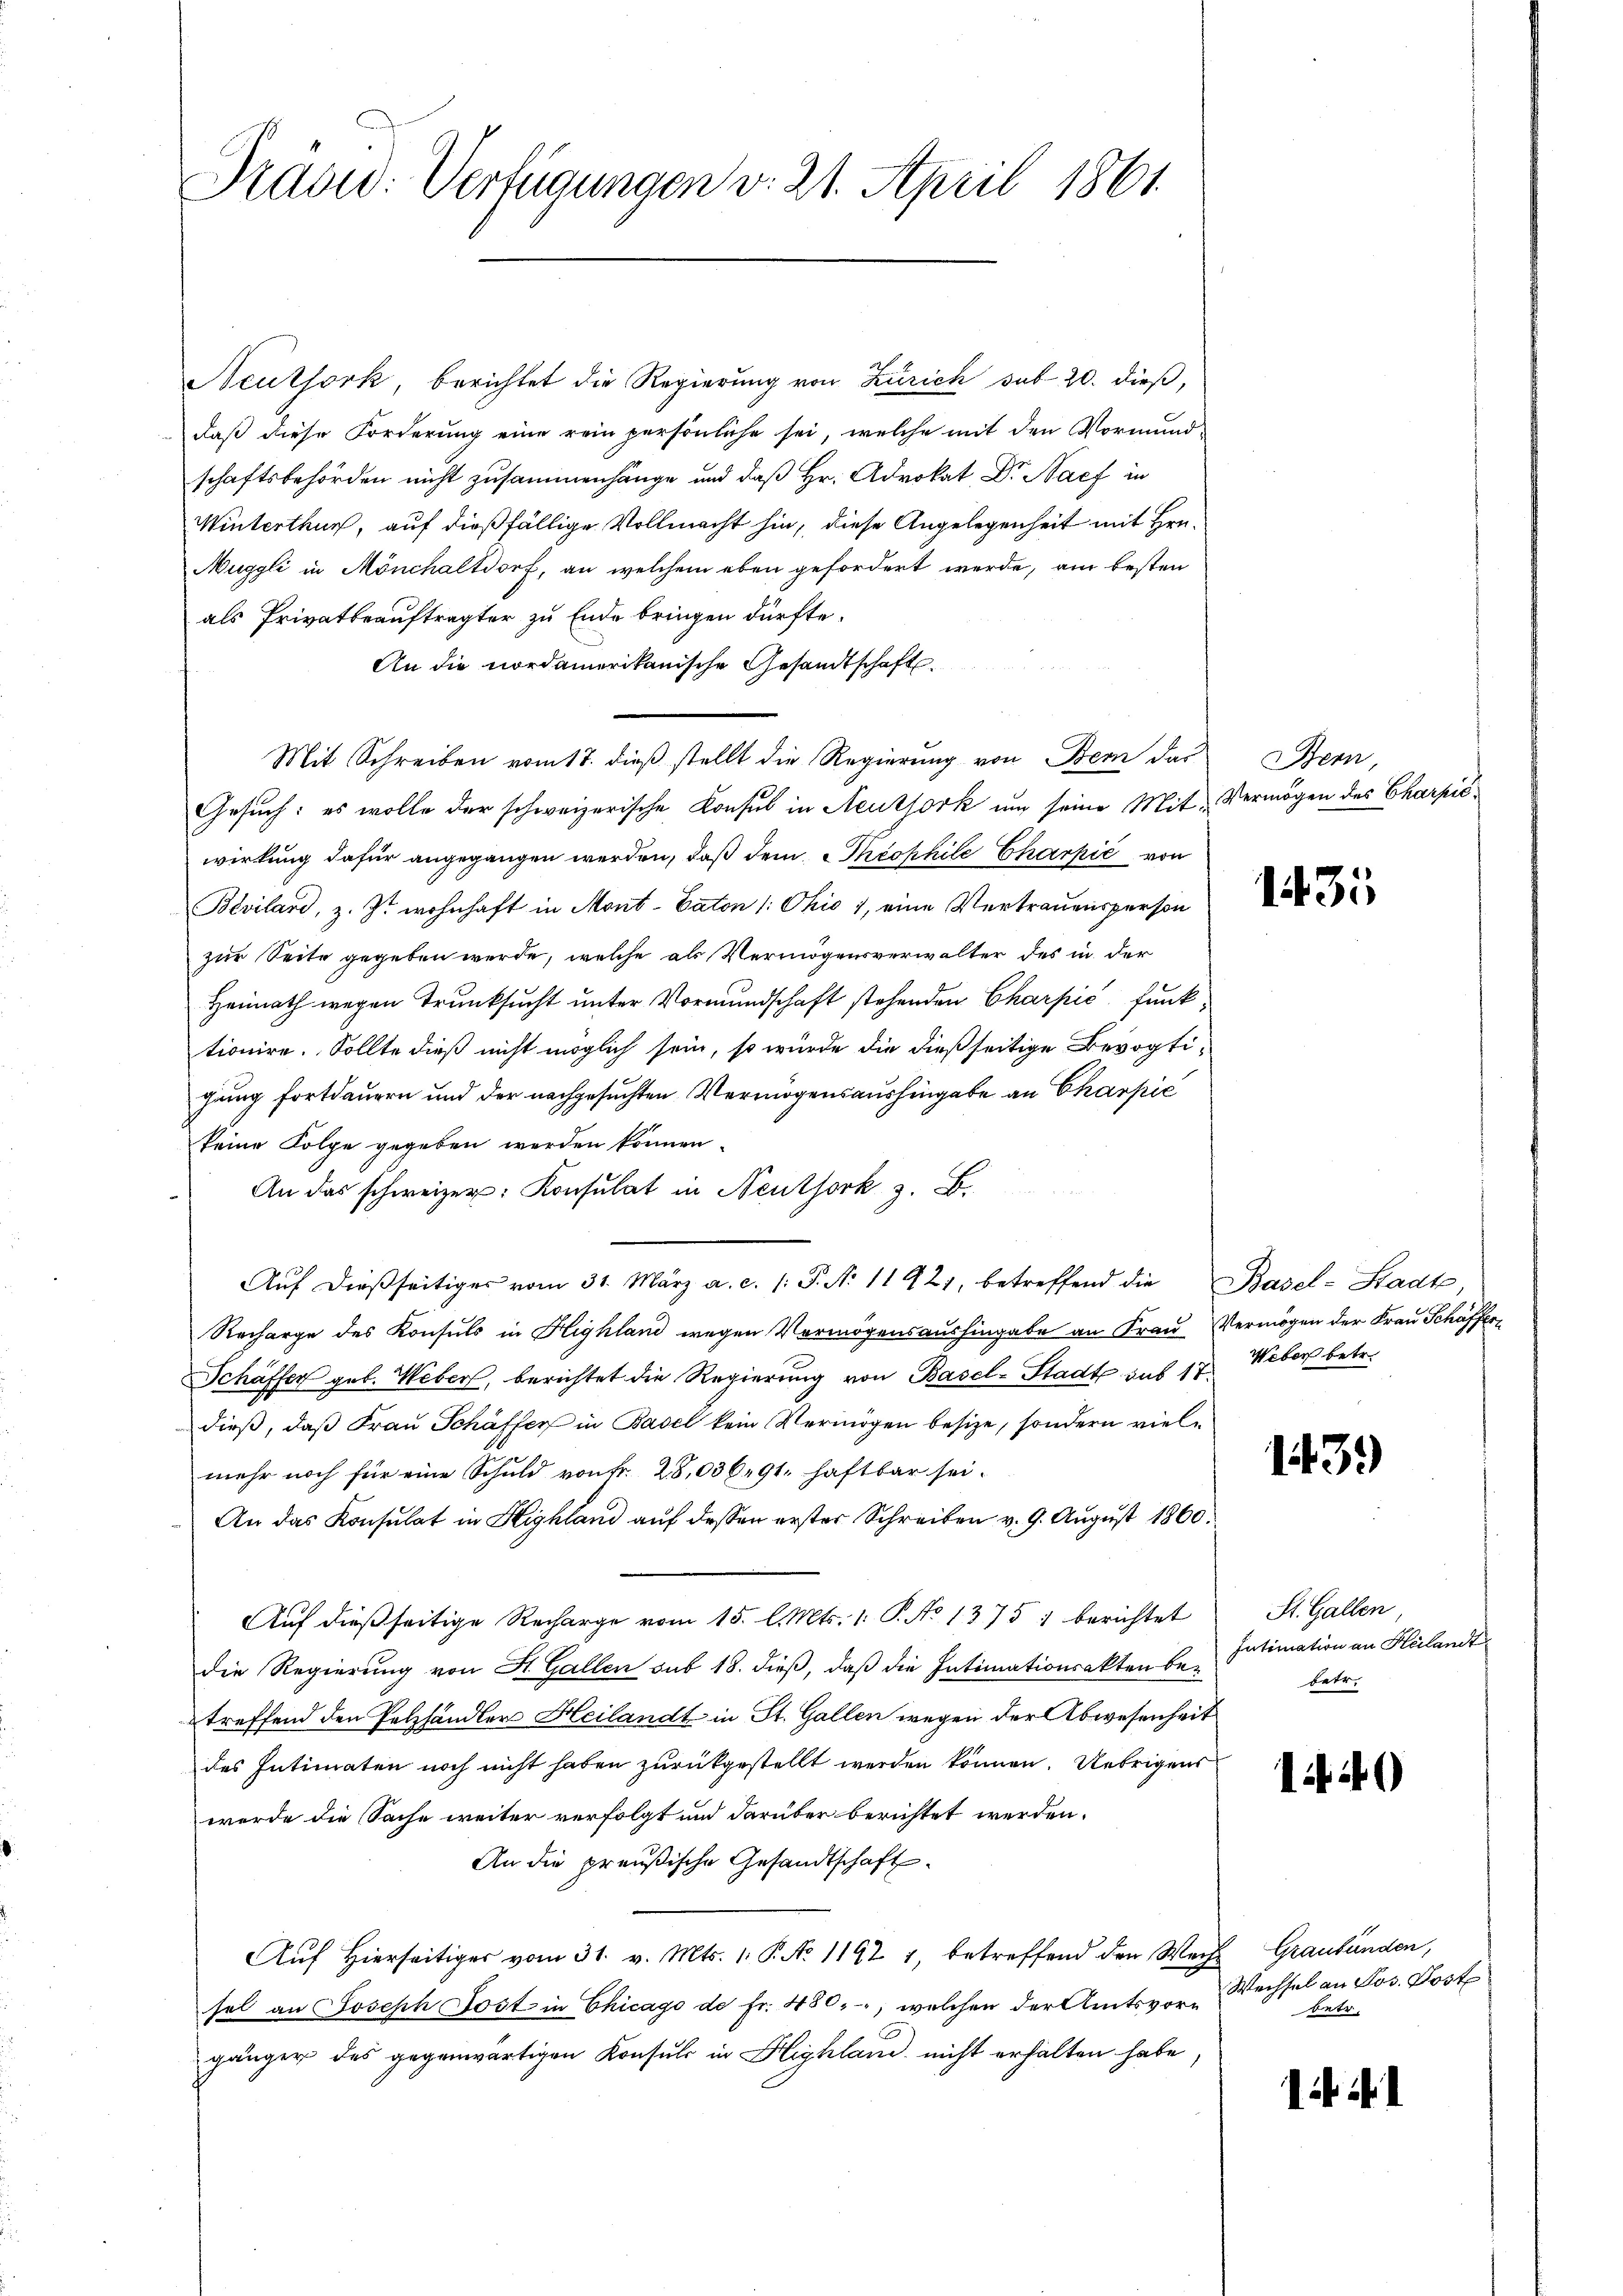
Pradid: Verfügungen v. 21. April 1861.

Neuthork, berichtet die Regierung von Zürich sub 20. dieß,
daß diese Forderung eine rein persönliche sei, welche mit den Vormundschaftsbehörden nicht zusammenhänge und daß Hr. Advokat Dr. Nach in
Winterthur, auf dießfällige Vollmacht hin, diese Angelegenheit mit Hrn.
Muggli in Mönchaltdorf, an welchem eben gefordert werde, am besten
als Privatbeauftragter zu Ende bringen dürfte.
An die nordamerikanische Gesandtschaft
Mit Schreiben vom 17. dieß stellt die Regierung von Bern das
Gesuch: es wolle der schweizerische Konsul in Neuthork um seine Mit Vermögen des Charpićwirkung dafür angegangen werden, daß dem Theophile Charpić von
Bevilard, z. Zt. wohnhaft in Mont-Caton (: Ohio 1, eine Vertrauensperson
zur Seite gegeben werde, welche als Vermögensverwalter des in der
Heimath wegen Trunksucht unter Vormundschaft stehenden Charpić, funk-
tionire. Sollte dieß nicht möglich sein, so wurde die dießseitige Bevogtigung fortdauern und der nachgesuchten Vermögensaushingabe an Chaspić
keine Folge gegeben werden können.
An das schweizer. Konsulat in Neuthork z. B.
Aŭf dießseitiges vom 31. März a. c. /: P. Nr. 11921, betreffend die Basel-Stadt
Recharge des Konsuls in Highland wegen Vermögensaushingabe an Frau Vermögen der Frau Schaffer¬
Schäffer geb. Weber, berichtet die Regierung von Basel-Stadt aus 17. Weber betr.
dieß, daß Frau Schäffer in Basel kein Vermögen besize, sondern vielmehr noch für eine Schuld von Fr. 28,036. 91 haftbar sei.
An das Konsulat in Highland aŭf dessen erster Schreiben v. 9. Aŭgŭst 1860.
Auf dießseitige Recharge vom 15. l. Mts. 1. P. No 1375 : berichtet
die Regierung von St. Gallen sub 18. dieß, daß die Intimationsakten betreffend den Pelzhändler Heilandt in St. Gallen wegen der Abwesenheit
des Intimaten noch nicht haben zurückgestellt werden können. Uebrigens
werde die Sache weiter verfolgt und darüber berichtet werden.
An die preußische Gesandtschaft
Aŭf Hierseitiger vom 31. v. Mts. 1. P. No 11921, betreffend den Wech Graubünden,
sel an Joseph Post in Chicago de fr. 480, welchen der Amtsvorgänger des gegenwärtigen Konsuls in Highland nicht erhalten habe,

Bern,

1435

1439)

St. Gallen,
Intimation an Heilandt
betr.

if. 20

Wechsel an Jos. Post
betr.